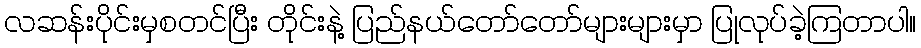
လဆန်းပိုင်းမှစတင်ပြီး တိုင်းနဲ့ ပြည်နယ်တော်တော်များများမှာ ပြုလုပ်ခဲ့ကြတာပါ။